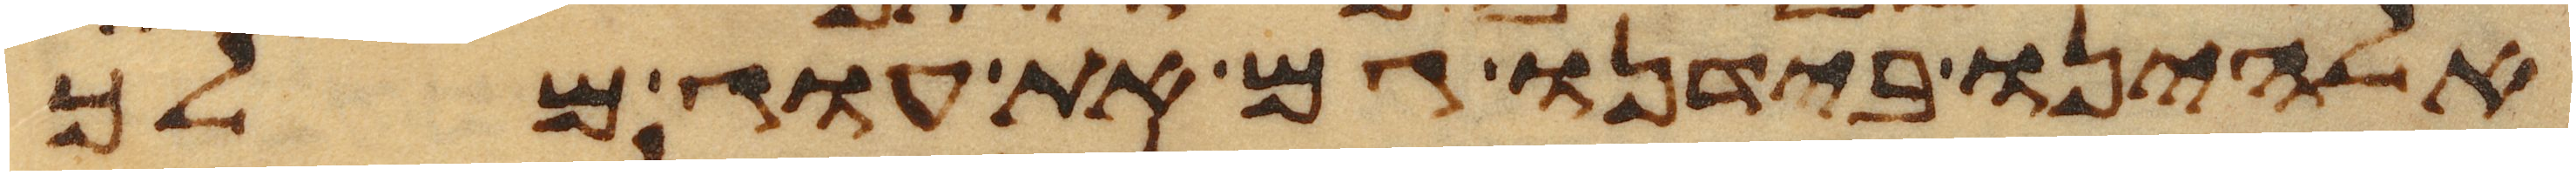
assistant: אלהינו בידנו גם את עוג מלך